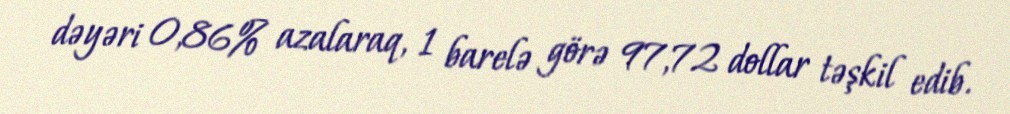
dəyəri 0,86% azalaraq, 1 barelə görə 97,72 dollar təşkil edib.